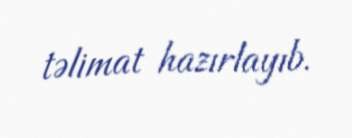
təlimat hazırlayıb.